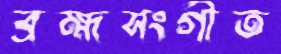
ব্রহ্মসংগীত